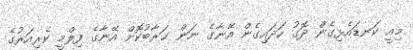
މިއީ ކަނޑައެޅިގެން ދޮގު ހަދައިގެން އޭނާގެ ނަން ޚަރާބުކޮށް އޭނާގެ ފިލްމީ ކެރިއަރުގެ